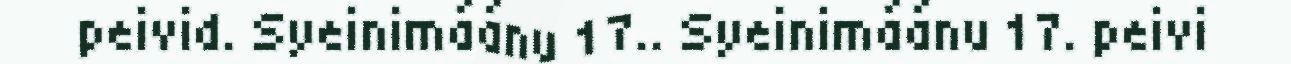
peivid. Syeinimáánu 17.. Syeinimáánu 17. peivi